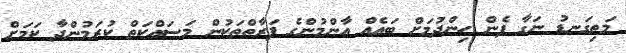
މަތިގަނޑު ނަގާ ފެން ހިންދުމަށް ބައެއް އާންމުންގެ ފަރާތްތަކުން މަސައްކަތް ކުރަމުންދާ ކަމަށް